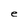
Character: e